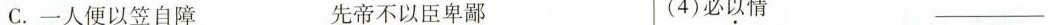
C.一人便以笠自障 先帝不以臣卑鄙 (4)必以情 ___